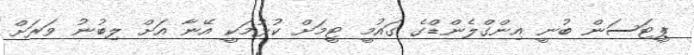
ޕީޓަސަން ބުނީ އިންގްލެންޑްގެ ގައުމީ ޓީމަށް ކުޅުމަކީ އޭނާ އަށް ލިބުނު ވަރަށް